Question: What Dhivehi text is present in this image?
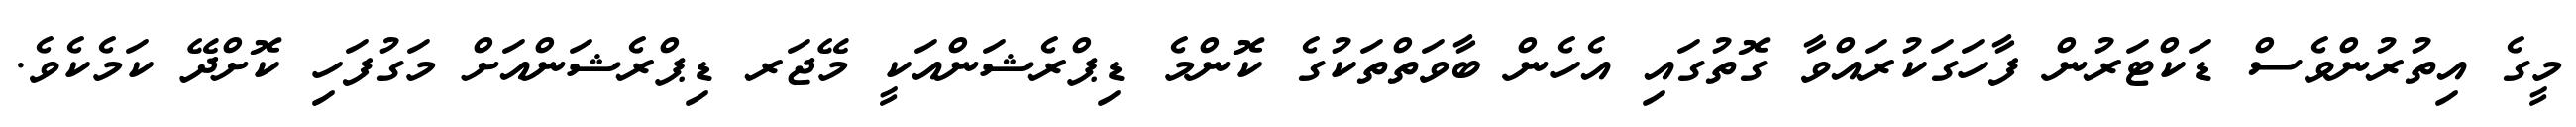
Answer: މީގެ އިތުރުންވެސް ޑަކްޓަރުން ފާހަގަކުރައްވާ ގޮތުގައި އެހެން ބާވަތްތަކުގެ ކޮންމެ ޑިޕްރެޝަންއަކީ މޭޖަރ ޑިޕްރެޝަންއަށް މަގުފަހި ކޮށްދޭ ކަމެކެވެ.